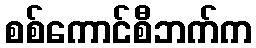
စစ်ကောင်စီဘက်က